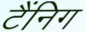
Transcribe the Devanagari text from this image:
टैंनिग